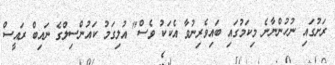
ރަށުގައި ނުހުންނާނެ މިކަމުގައި ބައިވެރިނުވާ އެކަކު ވެސް" އުލިގަމު ކައުންސިލްގެ ނައިބް ރައީސް